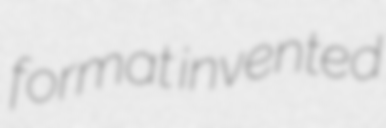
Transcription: format invented